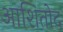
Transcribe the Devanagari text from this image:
आशितोद